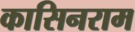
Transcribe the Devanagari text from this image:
कासिनराम